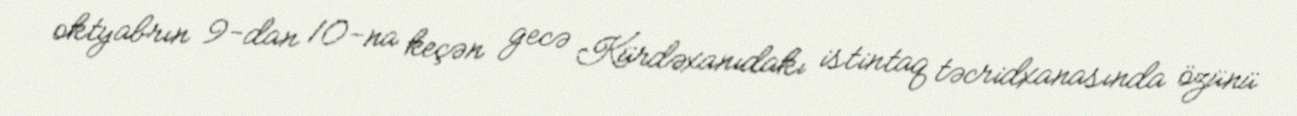
oktyabrın 9-dan 10-na keçən gecə Kürdəxanıdakı istintaq təcridxanasında özünü